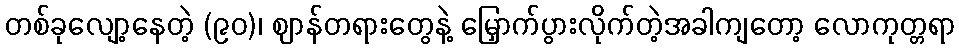
တစ်ခုလျော့နေတဲ့ (၉၀)၊ ဈာန်တရားတွေနဲ့ မြှောက်ပွားလိုက်တဲ့အခါကျတော့ လောကုတ္တရာ